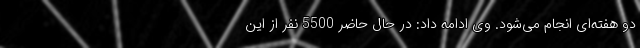
دو هفته‌‌ای انجام می‌‌شود. وی ادامه داد: در حال حاضر 5500 نفر از این